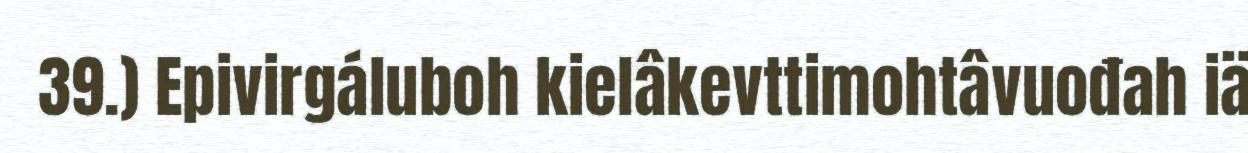
39.) Epivirgáluboh kielâkevttimohtâvuođah iä